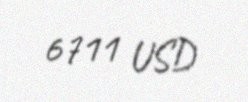
6711 USD